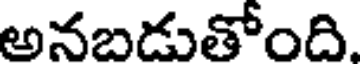
అనబడుతోంది.